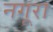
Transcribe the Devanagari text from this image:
नगूरा